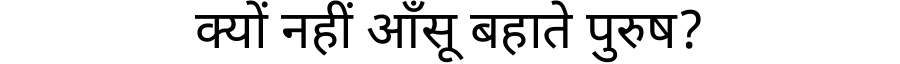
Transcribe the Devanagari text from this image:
क्यों नहीं आँसू बहाते पुरुष?